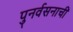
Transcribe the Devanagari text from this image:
पुनर्वसनाची